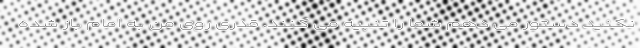
نکنید دستور می دهم شما را تنبیه می کنند. قدری روی من به امام باز شده